Scottish Leaving Certificate Examination, 1960
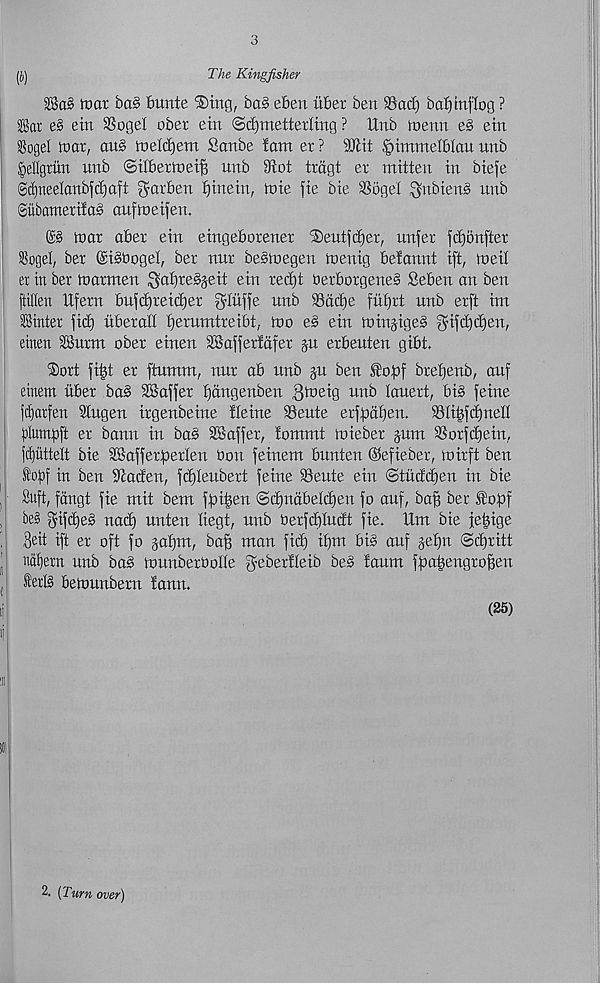
3
(j)
The Kingfisher
28a5 tear bo§ bimte ‘Sing, bog eben itber ben 95ad) bol) tnjiog ?
Bar es ein SSogel ober etn ©djmetterling ? ttnb inenn es ein
S8ogel mar, au§ meldjem Sonbe font er ? SOiit §tmmeI6Iou unb
§ellgrun nnb ©dbermei^ nnb 9rot trdgt er mitten in biefe
©djneelanbfdjaft garden ginein, mie fie bie 9Sogel ^nbiens nnb
©ubamerilaS auftoeifen.
mar aber ein etngeborener Seutfd)er, unfer fdjbnfter
SSoget, ber ©i^boget, ber nur bestuegen toenig befannt ift, rueit
er in ber tnarmen ^atireSjeit ein red)t berborgeneS Seben an ben
ftillen Xtfern bufdjreidjer ^triffe nnb 95dd)e fiifjrt unb erft im
Binter fid) nberatl fjernmtreibt, mo es ein mingigeg gifdidjen,
einen 3Surm ober einen SSaffertdfer jn erbeuten gibt
Sort fi|t er ftumm, nnr ab unb ju ben fofaf bretjenb, auf
einem liber ba§ 9®offer tjdngenben 3baeig unb tauert, big feme
|cf)arfett 9tngen irgenbeine Heine 95eute erfgdf)en.
93tibfd)nelt
plumgft er bann in bag SBaffer, !ommt mieber gum SSorfdjein,
fcljuttelt bie SBafferfjerten bon feinem bunten ©efieber, mirft ben
&>f)f in ben ^taden, fdjtenbert feme 93eute ein ©tlidd)en in bie
Suft, fdngt fie mit bem ffai^en ©c^ndbetdjen fo anf, bafj ber fofaf
be§ f^ifdjeg nad) unten tiegt, nnb berfd)Iudt fie. Um bie fe^ige
8eit ift er oft fo gafjm, bag man fid) if)m big auf getjn ©djritt
natjern nnb bag mnnberbotte geberlteib beg faum ffaaf^engroften
ferlg bemunbern faun.
(25)
2. [Turn over)